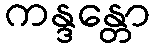
ကန္ဒန္တော